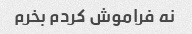
نه فراموش کردم بخرم